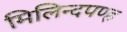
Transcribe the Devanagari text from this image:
मिलिन्दपण्ह